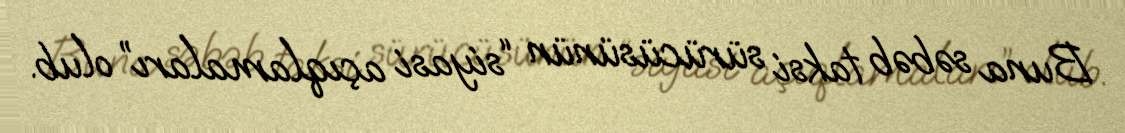
Buna səbəb taksi sürücüsünün “siyasi açıqlamaları” olub.